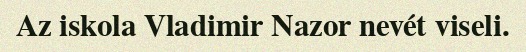
Az iskola Vladimir Nazor nevét viseli.